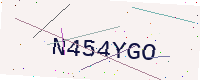
Text: N454YGO